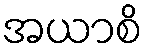
အယာစိ